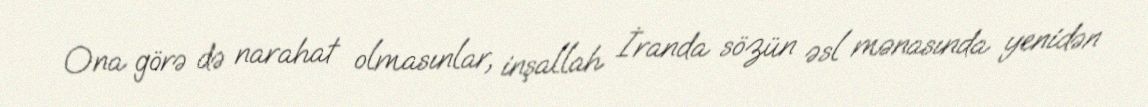
Ona görə də narahat olmasınlar, inşallah İranda sözün əsl mənasında yenidən